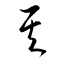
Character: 其